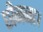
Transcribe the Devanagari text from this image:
छीनना।